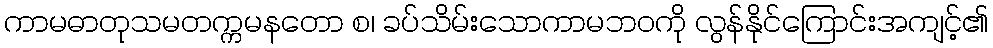
ကာမဓာတုသမတက္ကမနတော စ၊ ခပ်သိမ်းသောကာမဘဝကို လွန်နိုင်ကြောင်းအကျင့်၏